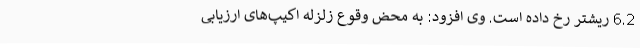
6.2 ریشتر رخ داده است. وی افزود: به محض وقوع زلزله اکیپ‌های ارزیابی